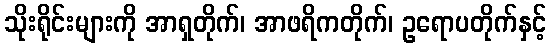
သိုးရိုင်းများကို အာရှတိုက်၊ အာဖရိကတိုက်၊ ဥရောပတိုက်နှင့်